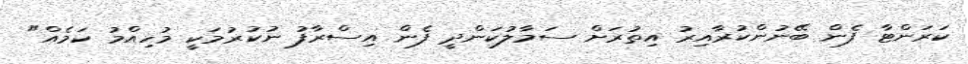
ކަރަންޓާ ފެން ބޭނުންކުރާއިރު އިތުރަށް ސަމާލުކަންދީ ފެން އިސްރާފު ނުކުރުމަކީ މުހިއްމު ކަމެއް"